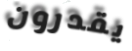
يقدرون